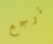
نرجع